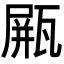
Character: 𤭸